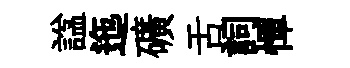
諡迤礦舌詞憚